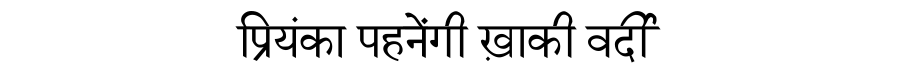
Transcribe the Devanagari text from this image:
प्रियंका पहनेंगी ख़ाकी वर्दी